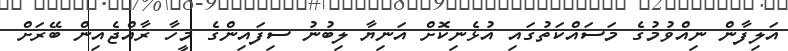
އަލިފާން ނިއްވުމުގެ މަސައްކަތުގައި އުޅެނިކޮށް އަނިޔާ ލިބުނު ސިފައިންގެ މީހާ ރާއްޖެއިން ބޭރަށް